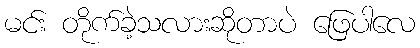
မင်း တိုက်ခဲ့သလားဆိုတာပဲ ဖြေပါလေ